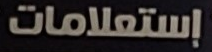
إستعلامات